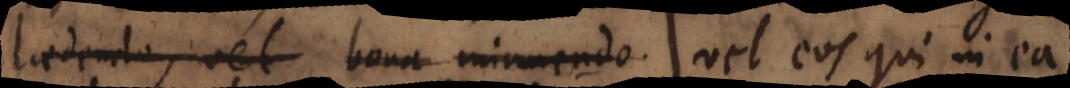
laedendo, vel bona minuendo. eos qui in ea